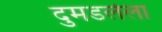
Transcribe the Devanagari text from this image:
दुमडलेला